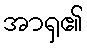
အာရှ၏